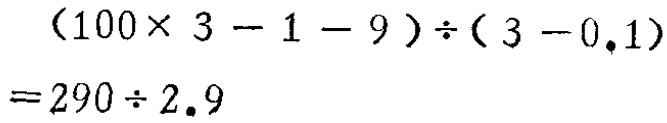
\[

\begin{align*}

&(100\times 3 - 1 - 9)\div(3 - 0.1)\\

=&290\div 2.9

\end{align*}

\]